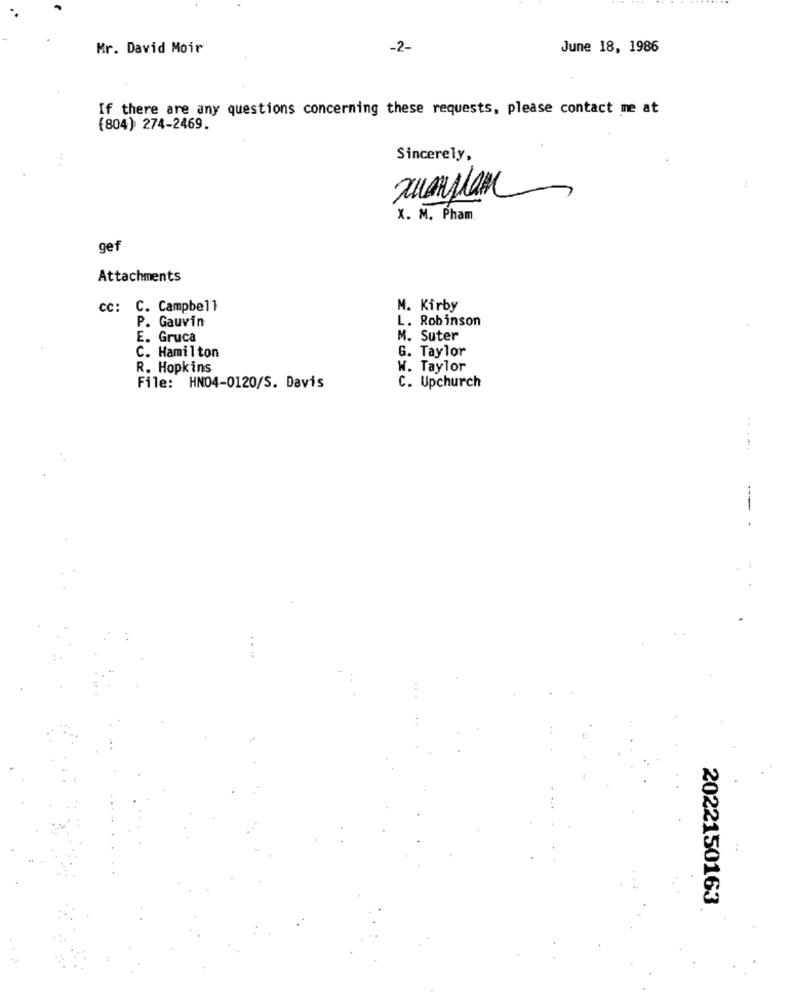
Mr. David Moir
-2-
June 18, 1986
If there are any questions concerning these requests, please contact me at
(804) 274-2469.
.. .
Sincerely,
:
X. M. Pham.
gef
Attachments
cc: C. Campbell
M. Kirby
L. Robinson
P. Gauvin
E. Gruca
M. Suter
C. Hamilton
G. Taylor
R. Hopkins
W. Taylor
C. Upchurch
File: HN04-0120/S. Davis
.....
--
2022150163